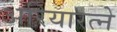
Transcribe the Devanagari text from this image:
अरियारत्ने